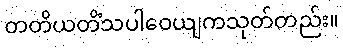
တတိယတိံသပါဝေယျကသုတ်တည်း။